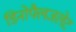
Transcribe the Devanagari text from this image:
डिनोफ्लैजलेट